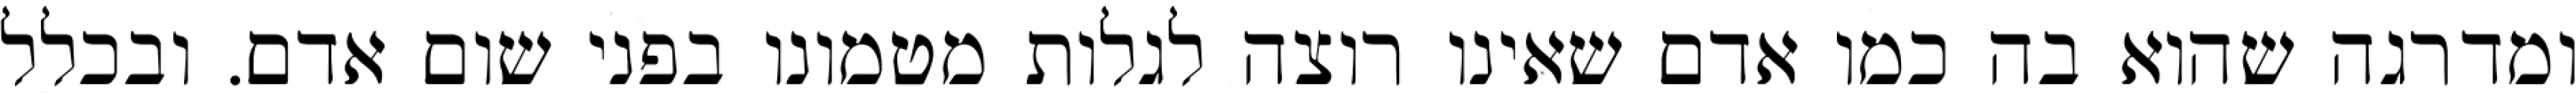
ומדרגה שהוא בה כמו אדם שאינו רוצה לגלות מטמונו בפני שום אדם. ובכלל